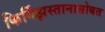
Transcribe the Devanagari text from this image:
किर्गिझस्तानासोबत